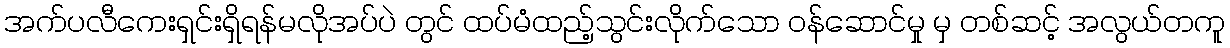
အက်ပလီကေးရှင်းရှိရန်မလိုအပ်ပဲ တွင် ထပ်မံထည့်သွင်းလိုက်သော ဝန်ဆောင်မှု မှ တစ်ဆင့် အလွယ်တကူ